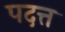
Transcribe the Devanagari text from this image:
पदत्त